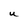
Character: u